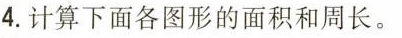
4.计算下面各图形的面积和周长。